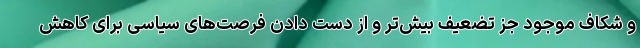
و شکاف موجود جز تضعیف بیش‌تر و از دست دادن فرصت‌های سیاسی برای کاهش